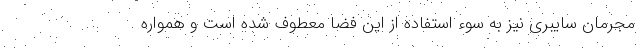
مجرمان سایبری نیز به سوء استفاده از این فضا معطوف شده است و همواره